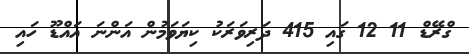
ގްރޭޑް 11 12 ގައި 415 ދަރިވަރަކު ކިޔަވަމުން އަންނަ އައްޑޫ ހައި